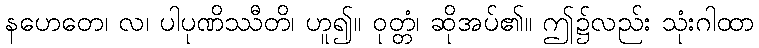
နဟေတေ၊ လ၊ ပါပုဏိဿီတိ၊ ဟူ၍။ ဝုတ္တံ၊ ဆိုအပ်၏။ ဤ၌လည်း သုံးဂါထာ